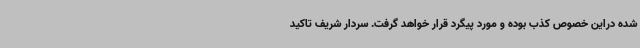
شده دراین خصوص کذب بوده و مورد پیگرد قرار خواهد گرفت. سردار شریف تاکید